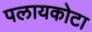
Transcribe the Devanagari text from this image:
पलायकोटा